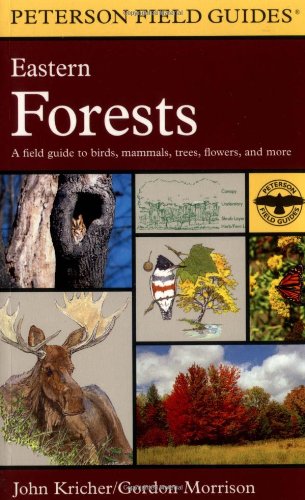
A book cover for A Field Guide to Eastern Forests: North America (Peterson Field Guides); John C. Kricher; Science & Math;